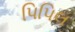
પિપિલ